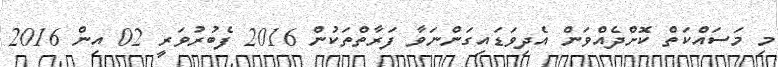
މި މަސައްކަތް ކޮށްދެއްވަން އެދިވަޑައިގަންނަވާ ފަރާތްތަކުން 2016 ފެބުރުވަރީ 02 އިން 2016